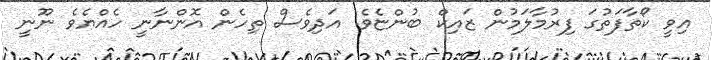
އިވީ ކޯތާފަތުގަ ފިރުމާލަމުން ޒައިކް ބުންޏެވެ. އަދިވެސް ތިހެން އޮންނާނީ ހެއްޔެވެ ނޫނީ